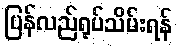
ပြန်လည်ရုပ်သိမ်းရန်